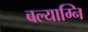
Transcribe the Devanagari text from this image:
बल्याग्नि